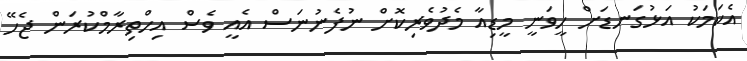
އެކަމަކު އަޅުގަނޑަށް ހީވަނީ މީޑިއާ މެދުވެރިކޮށް ނުފެނުނަސް އެއީ ވެސް އިހްތިރާމްކުރަން ޖެހޭ